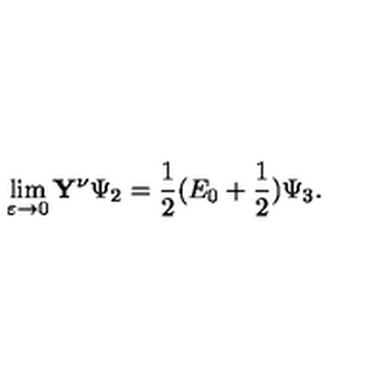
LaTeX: \lim _ { \varepsilon \to 0 } \mathbf { Y } ^ { \nu } \Psi _ { 2 } = \frac { 1 } { 2 } ( E _ { 0 } + \frac { 1 } { 2 } ) \Psi _ { 3 } .